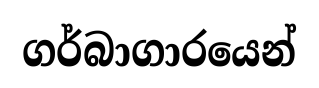
ගර්බාගාරයෙන්